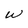
Character: w